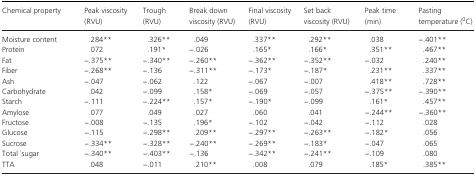
<table><thead><tr><td><b>Chemical property</b></td><td><b>Peak viscosity (RVU)</b></td><td><b>Trough (RVU)</b></td><td><b>Break down viscosity (RVU)</b></td><td><b>Final viscosity (RVU)</b></td><td><b>Set back viscosity (RVU)</b></td><td><b>Peak time (min)</b></td><td><b>Pasting temperature (<sup>0</sup>C)</b></td></tr></thead><tbody><tr><td>Moisture content</td><td>.284**</td><td>.326**</td><td>.049</td><td>.337**</td><td>.292**</td><td>.038</td><td>−.401**</td></tr><tr><td>Protein</td><td>.072</td><td>.191*</td><td>−.026</td><td>.165*</td><td>.166*</td><td>.351**</td><td>.467**</td></tr><tr><td>Fat</td><td>−.375**</td><td>−.340**</td><td>−.260**</td><td>−.362**</td><td>−.352**</td><td>−.032</td><td>.240**</td></tr><tr><td>Fiber</td><td>−.268**</td><td>−.136</td><td>−.311**</td><td>−.173*</td><td>−.187*</td><td>.231**</td><td>.337**</td></tr><tr><td>Ash</td><td>−.047</td><td>−.062</td><td>.122</td><td>−.067</td><td>−.007</td><td>.418**</td><td>.728**</td></tr><tr><td>Carbohydrate</td><td>.042</td><td>−.099</td><td>.158*</td><td>−.069</td><td>−.057</td><td>−.375**</td><td>−.390**</td></tr><tr><td>Starch</td><td>−.111</td><td>−.224**</td><td>.157*</td><td>−.190*</td><td>−.099</td><td>.161*</td><td>.457**</td></tr><tr><td>Amylose</td><td>.077</td><td>.049</td><td>.027</td><td>.060</td><td>.041</td><td>−.244**</td><td>−.360**</td></tr><tr><td>Fructose</td><td>−.008</td><td>−.135</td><td>.196*</td><td>−.102</td><td>−.042</td><td>−.112</td><td>.028</td></tr><tr><td>Glucose</td><td>−.115</td><td>−.298**</td><td>.209**</td><td>−.297**</td><td>−.263**</td><td>−.182*</td><td>.056</td></tr><tr><td>Sucrose</td><td>−.334**</td><td>−.328**</td><td>−.240**</td><td>−.269**</td><td>−.183*</td><td>−.047</td><td>.065</td></tr><tr><td>Total `sugar</td><td>−.340**</td><td>−.403**</td><td>−.136</td><td>−.342**</td><td>−.241**</td><td>−.109</td><td>.080</td></tr><tr><td>TTA</td><td>.048</td><td>−.011</td><td>.210**</td><td>.008</td><td>.079</td><td>.185*</td><td>.385**</td></tr></tbody></table>